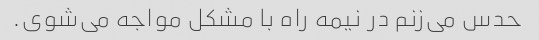
حدس می‌زنم در نیمه راه با مشکل مواجه می‌شوی.